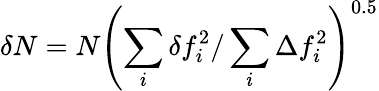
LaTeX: \delta{N}=N\left(\sum_{i}\delta{f_{i}^{2}}/\sum_{i}\Delta{f_{i}^{2}}\right)^{0.5}